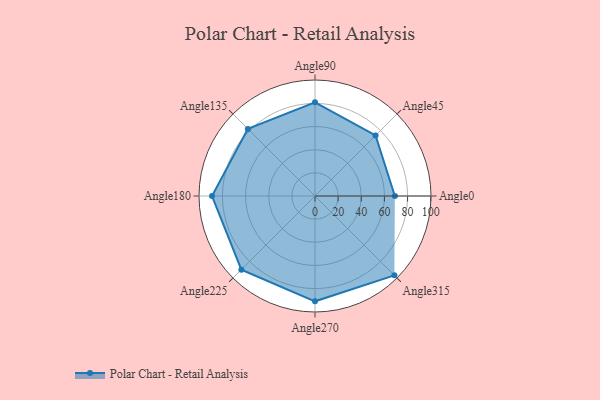
{"axis": {"x": "Angle", "y": "Radius"}, "legend": [""], "data": [{"x": "Angle0", "y": 69.0, "type": ""}, {"x": "Angle45", "y": 74.0, "type": ""}, {"x": "Angle90", "y": 81.0, "type": ""}, {"x": "Angle135", "y": 82.0, "type": ""}, {"x": "Angle180", "y": 89.0, "type": ""}, {"x": "Angle225", "y": 90.0, "type": ""}, {"x": "Angle270", "y": 91.0, "type": ""}, {"x": "Angle315", "y": 97.0, "type": ""}]}